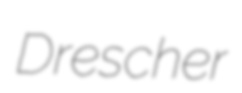
Drescher